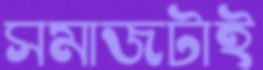
সমাজটাই